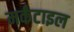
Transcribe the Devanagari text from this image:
मर्कंटाइल